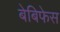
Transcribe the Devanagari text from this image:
बेबिफेस